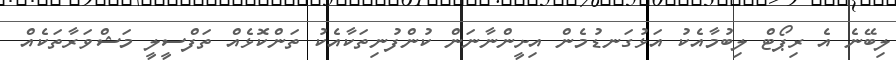
ލިބޭނެ އެ ރިޕޯޓް ލިބުމާއެކު އަޅުގަނޑުމެން އިށީންނާނަން ކުންފުނިތަކާއެކު ތަންކޮޅެއް ތަފްސީލީ މަޝްވަރާތަކެއް